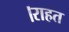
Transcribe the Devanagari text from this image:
।राहत